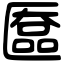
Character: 匲